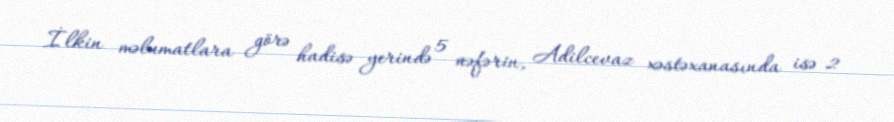
İlkin məlumatlara görə hadisə yerində 5 nəfərin, Adilcevaz xəstəxanasında isə 2